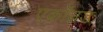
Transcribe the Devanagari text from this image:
एक्रॉयड